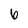
Character: 6